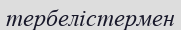
тербелістермен